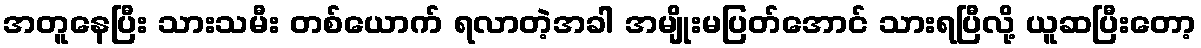
အတူနေပြီး သားသမီး တစ်ယောက် ရလာတဲ့အခါ အမျိုးမပြတ်အောင် သားရပြီလို့ ယူဆပြီးတော့